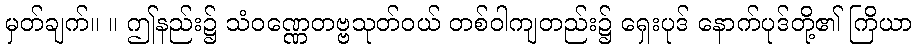
မှတ်ချက်။ ။ ဤနည်း၌ သံဝဏ္ဏေတဗ္ဗသုတ်ဝယ် တစ်ဝါကျတည်း၌ ရှေးပုဒ် နောက်ပုဒ်တို့၏ ကြိယာ